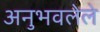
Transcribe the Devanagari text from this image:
अनुभवलेले